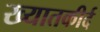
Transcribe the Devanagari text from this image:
ख्यातकीर्द